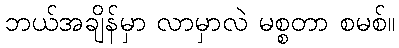
ဘယ်အချိန်မှာ လာမှာလဲ မစ္စတာ စမစ်။